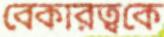
বেকারত্বকে